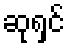
ဆုရှင်